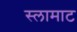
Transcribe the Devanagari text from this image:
स्लामाट